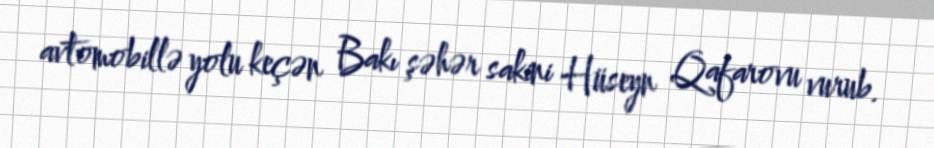
avtomobillə yolu keçən Bakı şəhər sakini Hüseyn Qafarovu vurub.